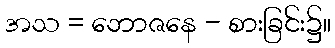
အသ = ဘောဇနေ - စားခြင်း၌။